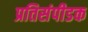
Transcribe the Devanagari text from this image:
प्रतिसंपीडक